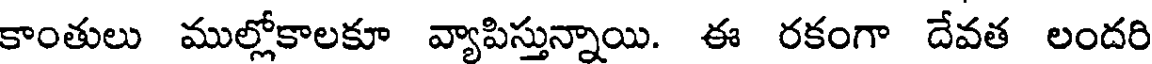
కాంతులు ముల్లోకాలకూ వ్యాపిస్తున్నాయి. ఈ రకంగా దేవత లందరి